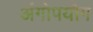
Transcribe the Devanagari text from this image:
अंगोपयोग